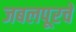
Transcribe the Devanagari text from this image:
जबलपूरचे